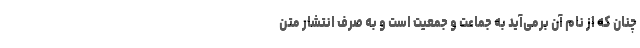
چنان که از نام آن برمی‌آید به جماعت و جمعیت است و به صرف انتشار متن